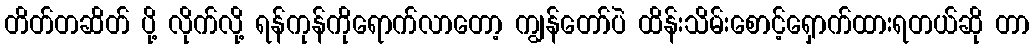
တိတ်တဆိတ် ပို့ လိုက်လို့ ရန်ကုန်ကိုရောက်လာတော့ ကျွန်တော်ပဲ ထိန်းသိမ်းစောင့်ရှောက်ထားရတယ်ဆို တာ